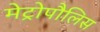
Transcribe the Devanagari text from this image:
मेट्रोपौलिस